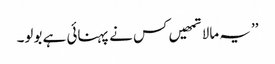
’’ یہ مالا تمھیں کس نے پہنائی ہے بولو۔